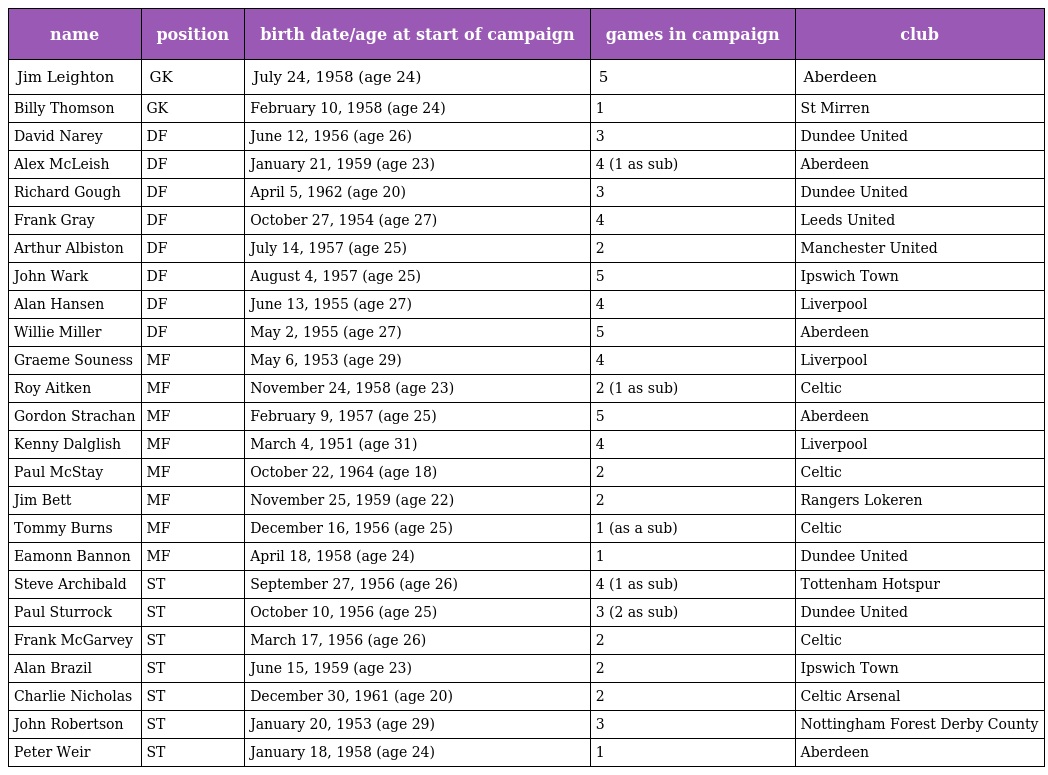
| name | position | birth date/age at start of campaign | games in campaign | club |
 | --- | --- | --- | --- | --- |
 | Jim Leighton | GK | July 24, 1958 (age 24) | 5 | Aberdeen |
 | Billy Thomson | GK | February 10, 1958 (age 24) | 1 | St Mirren |
 | David Narey | DF | June 12, 1956 (age 26) | 3 | Dundee United |
 | Alex McLeish | DF | January 21, 1959 (age 23) | 4 (1 as sub) | Aberdeen |
 | Richard Gough | DF | April 5, 1962 (age 20) | 3 | Dundee United |
 | Frank Gray | DF | October 27, 1954 (age 27) | 4 | Leeds United |
 | Arthur Albiston | DF | July 14, 1957 (age 25) | 2 | Manchester United |
 | John Wark | DF | August 4, 1957 (age 25) | 5 | Ipswich Town |
 | Alan Hansen | DF | June 13, 1955 (age 27) | 4 | Liverpool |
 | Willie Miller | DF | May 2, 1955 (age 27) | 5 | Aberdeen |
 | Graeme Souness | MF | May 6, 1953 (age 29) | 4 | Liverpool |
 | Roy Aitken | MF | November 24, 1958 (age 23) | 2 (1 as sub) | Celtic |
 | Gordon Strachan | MF | February 9, 1957 (age 25) | 5 | Aberdeen |
 | Kenny Dalglish | MF | March 4, 1951 (age 31) | 4 | Liverpool |
 | Paul McStay | MF | October 22, 1964 (age 18) | 2 | Celtic |
 | Jim Bett | MF | November 25, 1959 (age 22) | 2 | Rangers Lokeren |
 | Tommy Burns | MF | December 16, 1956 (age 25) | 1 (as a sub) | Celtic |
 | Eamonn Bannon | MF | April 18, 1958 (age 24) | 1 | Dundee United |
 | Steve Archibald | ST | September 27, 1956 (age 26) | 4 (1 as sub) | Tottenham Hotspur |
 | Paul Sturrock | ST | October 10, 1956 (age 25) | 3 (2 as sub) | Dundee United |
 | Frank McGarvey | ST | March 17, 1956 (age 26) | 2 | Celtic |
 | Alan Brazil | ST | June 15, 1959 (age 23) | 2 | Ipswich Town |
 | Charlie Nicholas | ST | December 30, 1961 (age 20) | 2 | Celtic Arsenal |
 | John Robertson | ST | January 20, 1953 (age 29) | 3 | Nottingham Forest Derby County |
 | Peter Weir | ST | January 18, 1958 (age 24) | 1 | Aberdeen |